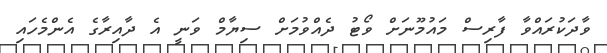
ވާދަކުރައްވާ ފާރިސް މައުމޫނަށް ވޯޓު ދެއްވުމަށް ސިޔާމް ވަނީ އެ ދާއިރާގެ އެންމެހައި